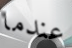
عندما